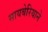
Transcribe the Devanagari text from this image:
सायबेरियाने